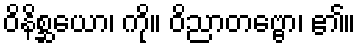
ဝိနိစ္ဆယော၊ ကို။ ဝိညာတဗ္ဗော၊ ၏။